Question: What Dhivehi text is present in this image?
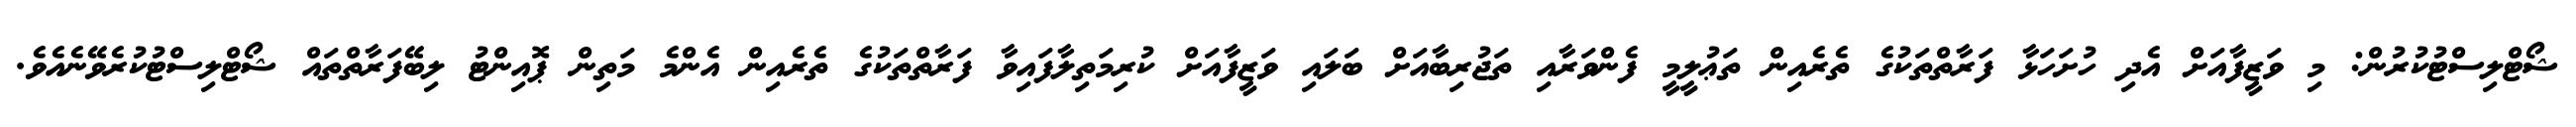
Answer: ޝޯޓްލިސްޓުކުރުން: މި ވަޒީފާއަށް އެދި ހުށަހަޅާ ފަރާތްތަކުގެ ތެރެއިން ތަޢުލީމީ ފެންވަރާއި ތަޖުރިބާއަށް ބަލައި ވަޒީފާއަށް ކުރިމަތިލާފައިވާ ފަރާތްތަކުގެ ތެރެއިން އެންމެ މަތިން ޕޮއިންޓު ލިބޭފަރާތްތައް ޝޯޓްލިސްޓުކުރެވޭނެއެވެ.